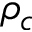
\rho _ { c }